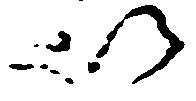
以